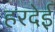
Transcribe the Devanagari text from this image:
हरदेई